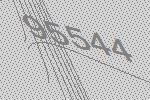
95544